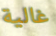
غالية